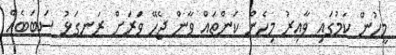
މީހުން ކަމުގައި ވާއިރު މިހެން ކަންތައް ވާން ޖެހޭ ވަރަށް ރަނގަޅު ސަބަބެއް